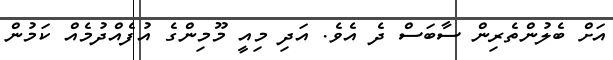
އަށް ބެލުންތެރިން ސާބަސް ދެ އެވެ. އަދި މިއީ މޫމިންގެ އުފެއްދުމެއް ކަމުން